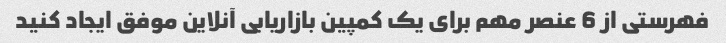
فهرستی از 6 عنصر مهم برای یک کمپین بازاریابی آنلاین موفق ایجاد کنید